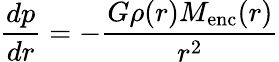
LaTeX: {\frac{dp}{dr}}=-{\frac{G\rho(r)M_{\mathrm{enc}}(r)}{r^{2}}}